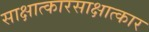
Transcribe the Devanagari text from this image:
साक्षात्कारसाक्षात्कार